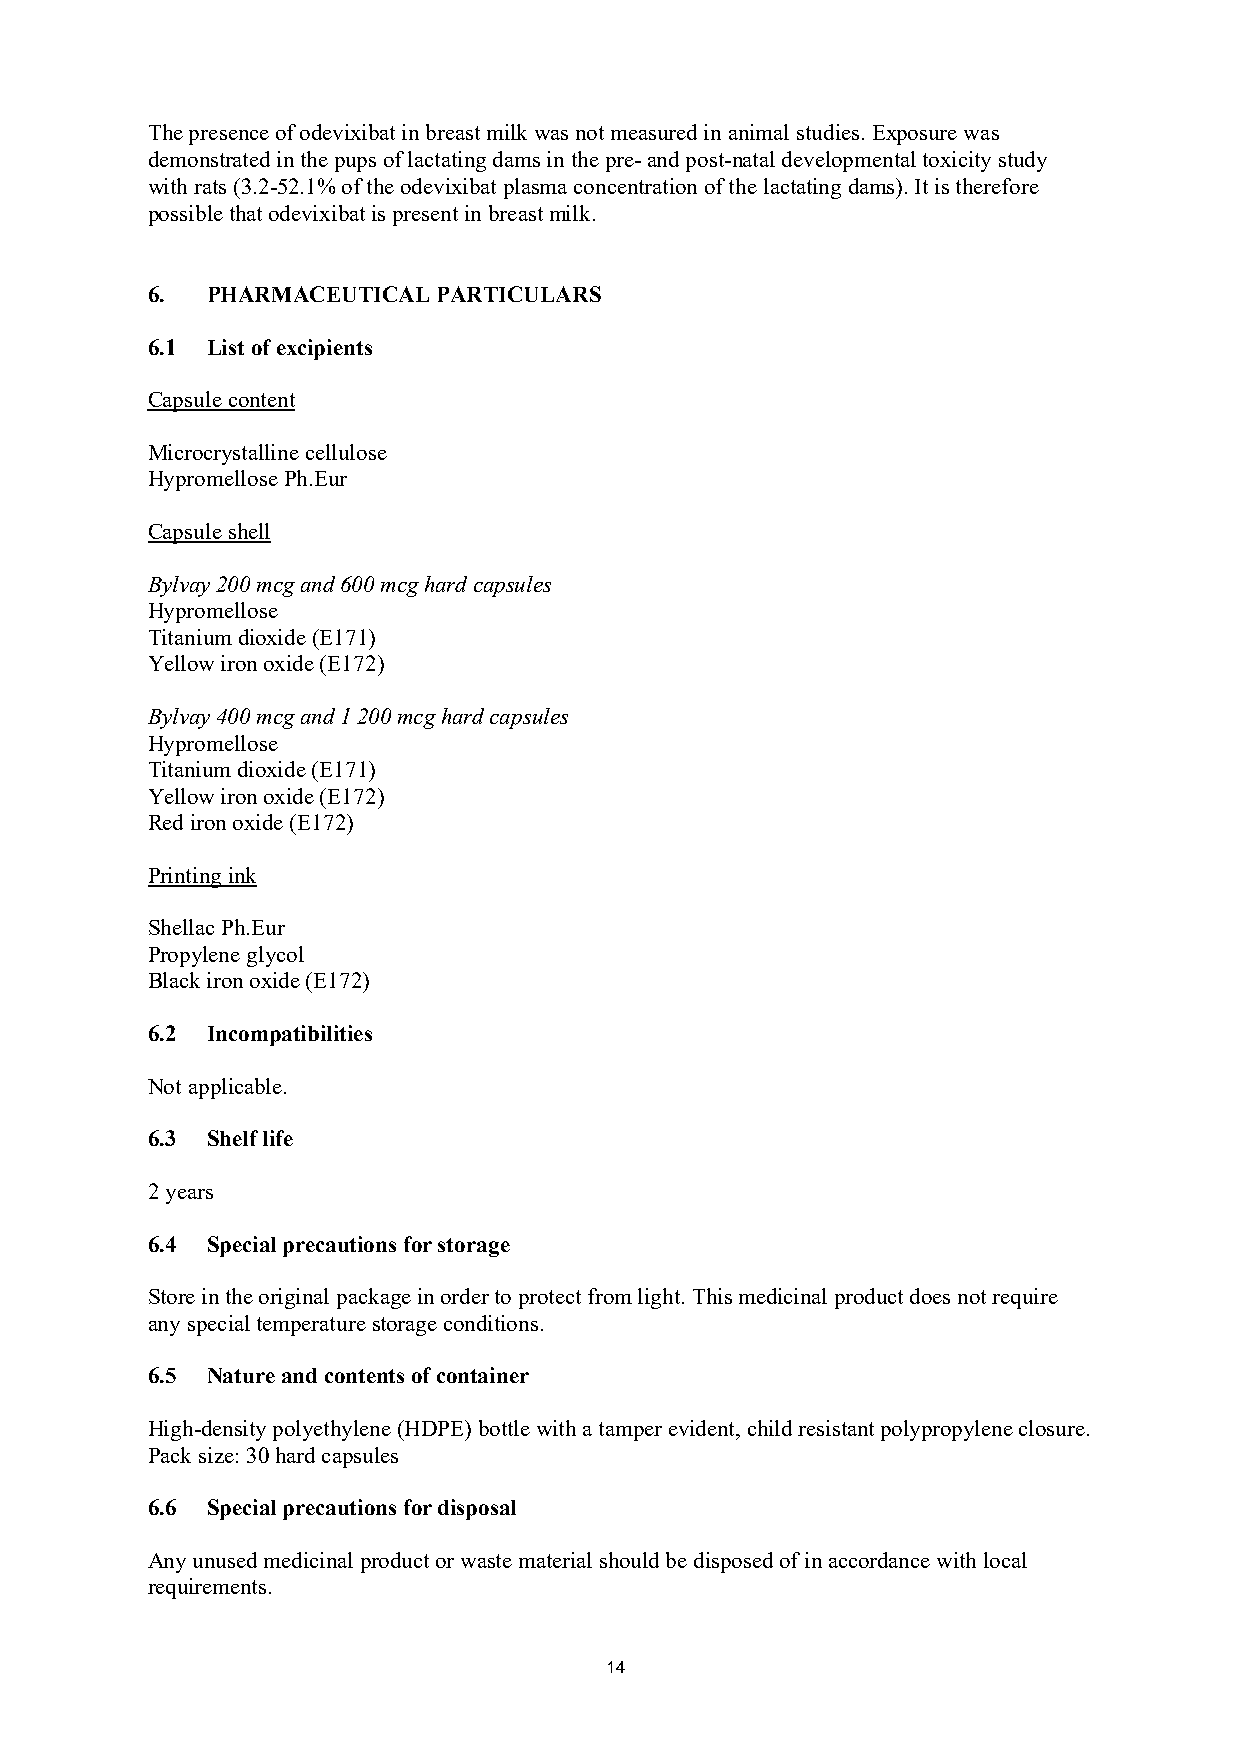
The presence of odevixibat in breast milk was not measured in animal studies. Exposure was
 demonstrated in the pups of lactating dams in the pre- and post-natal developmental toxicity study
 with rats (3.2-52.1% of the odevixibat plasma concentration of the lactating dams). It is therefore
 possible that odevixibat is present in breast milk.
 6.  PHARMACEUTICAL PARTICULARS
 6.1 List of excipients
 Capsule content
 Microcrystalline cellulose
 Hypromellose Ph.Eur
 Capsule shell
 Bylvay 200 mcg and 600 mcg hard capsules
 Hypromellose
 Titanium dioxide (E171)
 Yellow iron oxide (E172)
 Bylvay 400 mcg and 1 200 mcg hard capsules
 Hypromellose
 Titanium dioxide (E171)
 Yellow iron oxide (E172)
 Red iron oxide (E172)
 Printing ink
 Shellac Ph.Eur
 Propylene glycol
 Black iron oxide (E172)
 6.2 Incompatibilities
 Not applicable.
 6.3 Shelf life
 2 years
 6.4 Special precautions for storage
 Store in the original package in order to protect from light. This medicinal product does not require
 any special temperature storage conditions.
 6.5 Nature and contents of container
 High-density polyethylene (HDPE) bottle with a tamper evident, child resistant polypropylene closure.
 Pack size: 30 hard capsules
 6.6 Special precautions for disposal
 Any unused medicinal product or waste material should be disposed of in accordance with local
 requirements.
 14